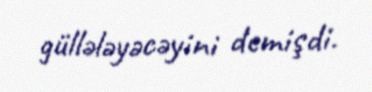
güllələyəcəyini demişdi.